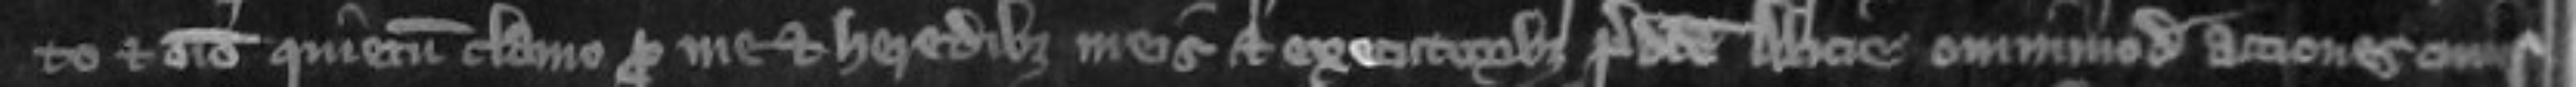
to et omnino quietum clamo pro me et heredibus meis et executoribus predicte Alicie omnimodo actiones cuius